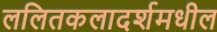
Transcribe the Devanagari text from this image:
ललितकलादर्शमधील